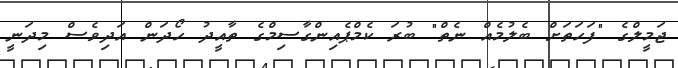
ޖަމީލްގެ "ފަހަތަށް ބެލުމެއް ނެތް" ބުރަ ކެމްޕެއިންގާސިމްގެ ތާއީދު ހޯދަން އަދިވެސް މިދަނީ